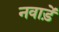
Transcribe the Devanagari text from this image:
नवाड़ें